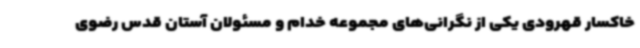
خاکسار قهرودی یکی از نگرانی‌های مجموعه خدام و مسئولان آستان قدس رضوی